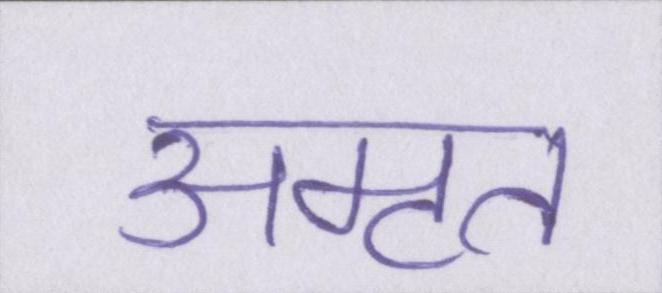
अमृत